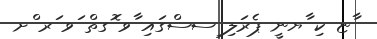
ާޏ ކި ާޔނީ ޕެރަލި ިސސްގައި ާވ ޮގތް ަވ ަރ ްށ